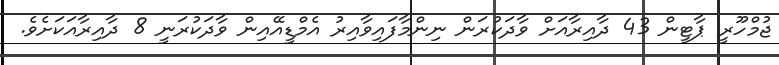
ޖުމްހޫރީ ޕާޓީން 43 ދާއިރާއަށް ވާދަކުރަން ނިންމާފައިވާއިރު އެމްޑީއޭއިން ވާދަކުރަނީ 8 ދާއިރާއަކަށެވެ.